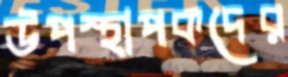
উপস্থাপকদের